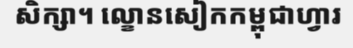
សិក្សា។ ល្ខោនសៀកកម្ពុជាហ្វារ